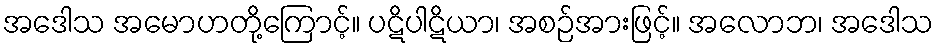
အဒေါသ အမောဟတို့ကြောင့်။ ပဋိပါဋိယာ၊ အစဉ်အားဖြင့်။ အလောဘ၊ အဒေါသ